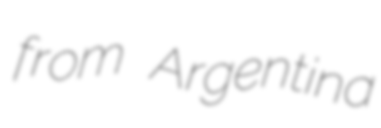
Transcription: from Argentina